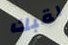
لقبك